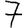
Digit: 7